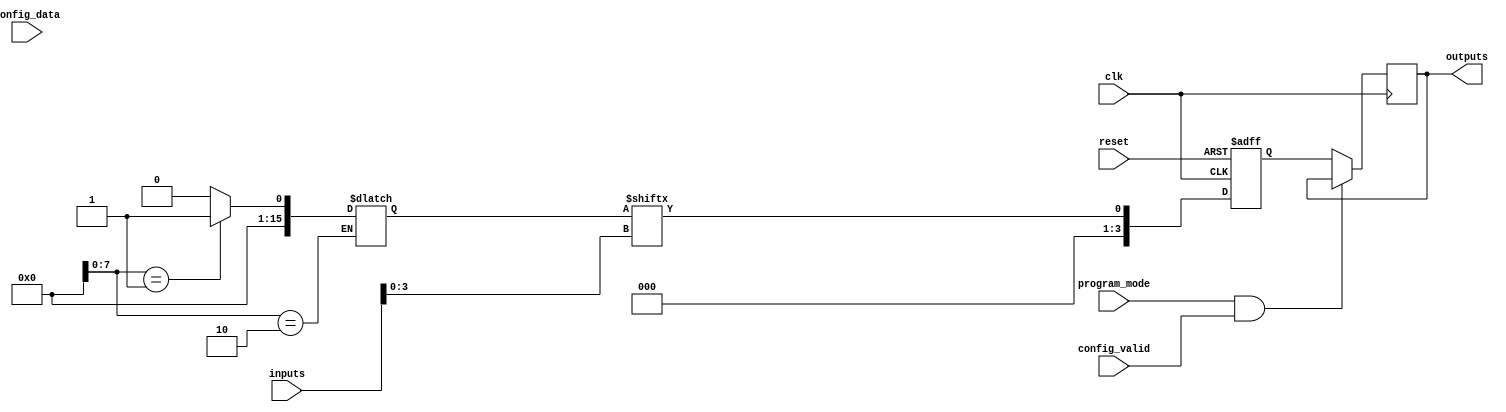
module EPLD (
    input wire clk,                  // Clock for flip-flops
    input wire reset,                // Asynchronous reset
    input wire [N-1:0] inputs,      // Inputs to the EPLD (N inputs)
    output wire [M-1:0] outputs,     // Outputs from the EPLD (M outputs)
    input wire program_mode,         // Programming mode signal
    input wire [CONFIG_WIDTH-1:0] config_data, // Configuration data
    input wire config_valid          // Configuration valid signal
);

parameter N = 8;                   // Number of inputs
parameter M = 4;                   // Number of outputs
parameter CONFIG_WIDTH = 16;       // Width of configuration data

// I/O Blocks
reg [N-1:0] io_input;              // Internal representation of inputs
reg [M-1:0] io_output;             // Internal representation of outputs

// Logic Block (Using LUTs and Flip-flops)
reg [CONFIG_WIDTH-1:0] lut [0:M-1]; // LUTs for each output
reg [M-1:0] flip_flops;             // Flip-flops for storage

// Configuration Memory (Could be implemented using non-volatile memory in practice)
reg [CONFIG_WIDTH-1:0] config_memory [0:M-1];

// Programmable Interconnect Network (Example connection logic)
always @(*) begin
    case (io_input)
        // Example LUT functionality (can be replaced with actual configuration logic)
        8'b00000001: lut[0] = 16'b0000000000000001;  // LUT for output 0
        8'b00000010: lut[1] = 16'b0000000000000010;  // LUT for output 1
        // Add additional LUT configurations as needed
        default: begin
            lut[0] = 16'b0;
            lut[1] = 16'b0;
        end
    endcase
end

// Flip-Flops for Outputs
always @(posedge clk or posedge reset) begin
    if (reset) begin
        flip_flops <= 0; // Clear flip-flops on reset
    end else begin
        // Update outputs based on LUTs
        flip_flops <= lut[0][inputs[3:0]]; // Example LUT selection
    end
end

// I/O Block Logic
always @(posedge clk) begin
    if (program_mode && config_valid) begin
        // Load configuration data into memory (for programming)
        config_memory[0] <= config_data; // Simplified example
    end else begin
        io_output <= flip_flops; // Update outputs from flip-flops
    end
end

assign outputs = io_output; // Connect internal output to external output

endmodule